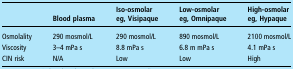
|  | Blood plasma | Iso-osmolareg, Visipaque | Low-osmolareg, Omnipaque | High-osmolareg, Hypaque |
 | --- | --- | --- | --- | --- |
 | Osmolality | 290 mosmol/L | 290 mosmol/L | 890 mosmol/L | 2100 mosmol/L |
 | Viscosity | 3–4 mPa s | 8.8 mPa s | 6.8 m mPa s | 4.1 mPa s |
 | CIN risk | N/A | Low | Low | High |